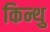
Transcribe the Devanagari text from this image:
किन्थु